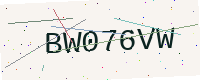
Text: BW076VW